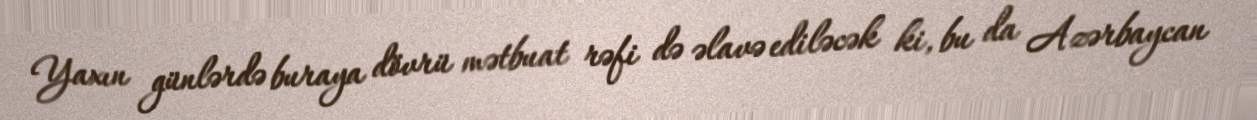
Yaxın günlərdə buraya dövrü mətbuat rəfi də əlavə ediləcək ki, bu da Azərbaycan